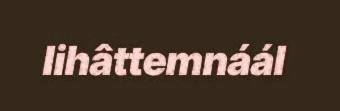
lihâttemnáál